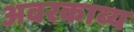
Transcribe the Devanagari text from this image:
अवरकाव्य